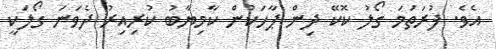
އެވެ. ފުރަތަމަ ގޯލު ކޮކޭ ދިން ޕާހަކުން ކާމިޔާބު ކުރިއިރު ދެވަނަ ގޯލަކީ